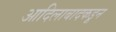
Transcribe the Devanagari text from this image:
आदिलाबादकडून